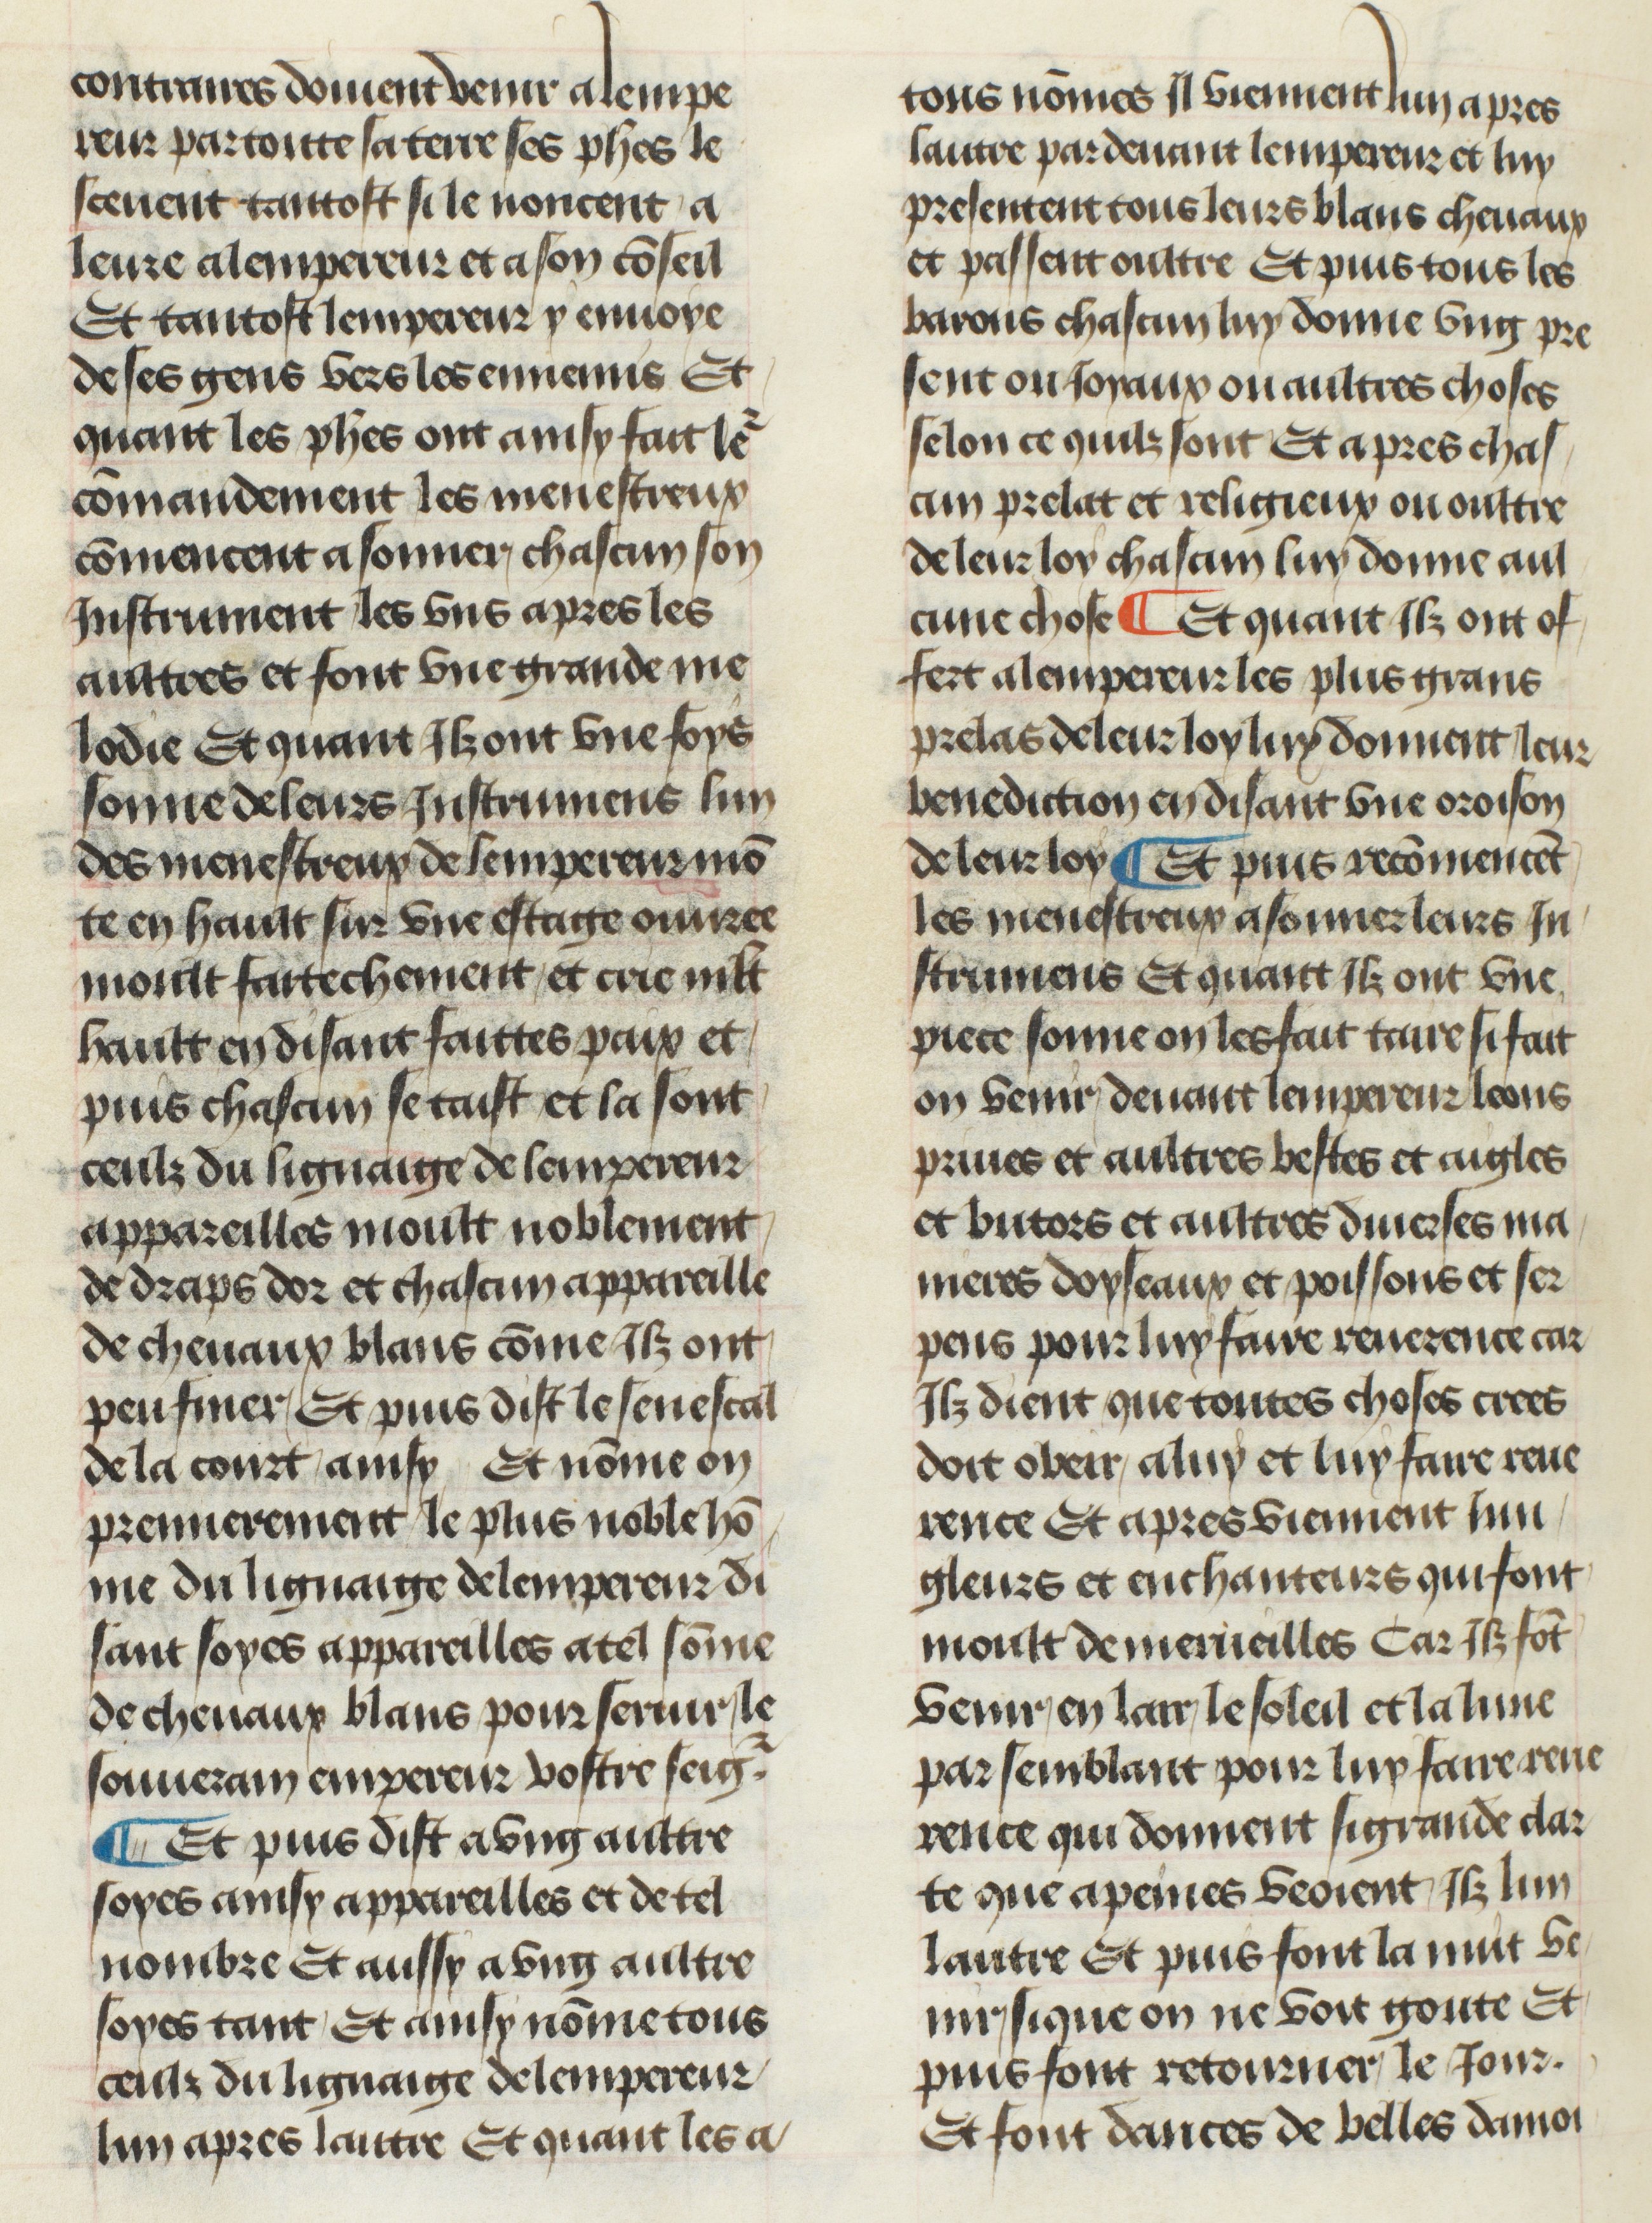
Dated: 1400–1449